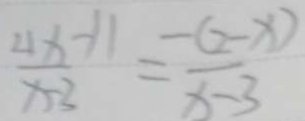
\frac { 4 x - 1 1 } { x - 3 } = \frac { - ( 2 - x ) } { x - 3 }